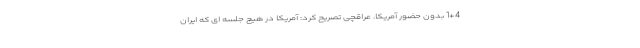
1+4 بدون حضور آمریکا. عراقچی تصریح کرد: آمریکا در هیچ جلسه ای که ایران